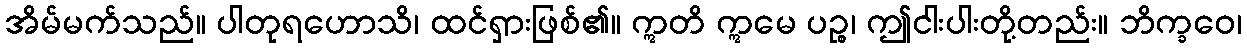
အိမ်မက်သည်။ ပါတုရဟောသိ၊ ထင်ရှားဖြစ်၏။ ဣတိ ဣမေ ပဉ္စ၊ ဤငါးပါးတို့တည်း။ ဘိက္ခဝေ၊